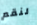
لنقم